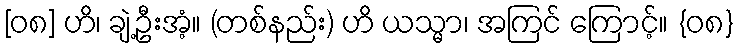
[၀၈] ဟိ၊ ချဲ့ဦးအံ့။ (တစ်နည်း) ဟိ ယသ္မာ၊ အကြင် ကြောင့်။ {၀၈}